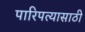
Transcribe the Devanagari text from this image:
पारिपत्यासाठी